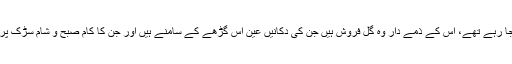
جو گڑھے بھرے جا رہے تھے، اس کے ذمے دار وہ گل فروش ہیں جن کی دکانیں عین اس گڑھے کے سامنے ہیں اور جن کا کام صبح و شام سڑک پر پانی بہانا ہوتا ہے۔